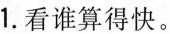
1. 看谁算得快。